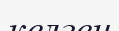
келген